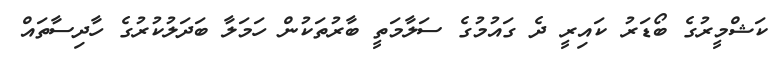
ކަޝްމީރުގެ ބޯޑަރު ކައިރީ ދެ ގައުމުގެ ސަލާމަތީ ބާރުތަކުން ހަމަލާ ބަދަލުކުރުގެ ހާދިސާތައް